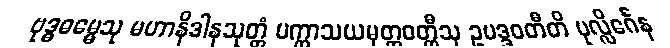
ဗုဒ္ဓဓမ္မေသု မဟာနိဒါနသုတ္တံ ပက္ကာသယမုတ္တဝတ္ထီသု ဥပဒ္ဒဝတီတိ ပုလ္လိင်္ဂေန